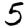
Digit: 5